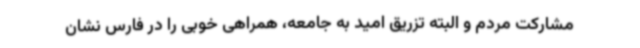
مشارکت مردم و البته تزریق امید به جامعه، همراهی خوبی را در فارس نشان